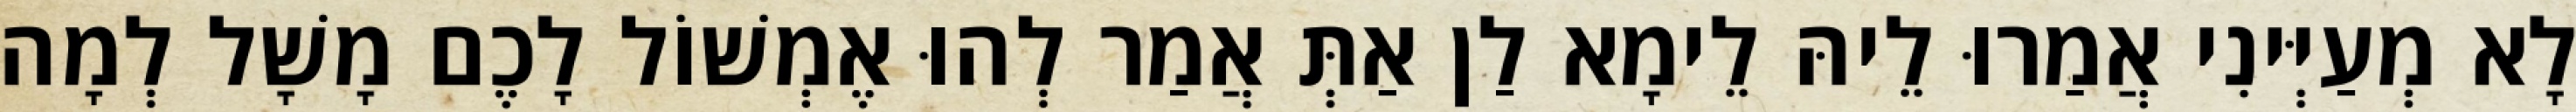
לָא מְעַיְּינִי אֲמַרוּ לֵיהּ לֵימָא לַן אַתְּ אֲמַר לְהוּ אֶמְשׁוֹל לָכֶם מָשָׁל לְמָה